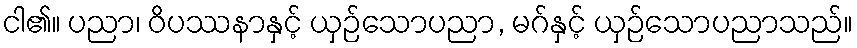
ငါ၏။ ပညာ၊ ဝိပဿနာနှင့် ယှဉ်သောပညာ, မဂ်နှင့် ယှဉ်သောပညာသည်။